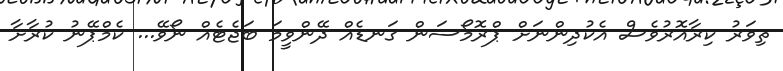
ތިވަރު ކިރާއޮރުވެސް އެކުދިންނަށް ޕްރޮމޯސަން ގަނޑެއް ދޭންވީމަ ބަޖެޓެއް ނޯވޭ... ކެމްޕޭނު ކުރާށާ